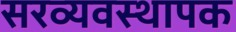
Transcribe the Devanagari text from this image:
सरव्यवस्थापक